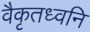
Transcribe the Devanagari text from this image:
वैकृतध्वनि